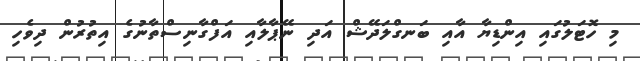
މި ހޮޓަލުގައި އިންޑިޔާ އާއި ބަނގްލަދޭޝް އަދި ނޭޕާލާއި އަފްގާނިސްތާނުގެ އިތުރުން ދިވެހި